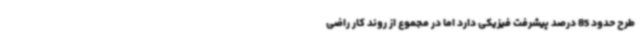
طرح حدود 85 درصد پیشرفت فیزیکی دارد اما در مجموع از روند کار راضی